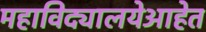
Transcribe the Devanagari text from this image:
महाविद्यालयेआहेत